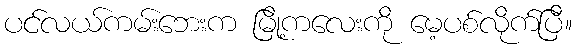
ပင်လယ်ကမ်းဘေးက မြို့ကလေးကို မေ့ပစ်လိုက်ပြီ။